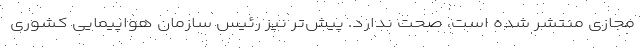
مجازی منتشر شده است، صحت ندارد. پیش‌تر نیز رئیس سازمان هواپیمایی کشوری